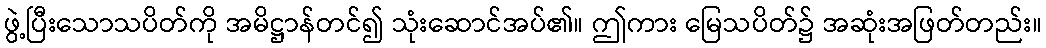
ဖွဲ့ပြီးသောသပိတ်ကို အမိဋ္ဌာန်တင်၍ သုံးဆောင်အပ်၏။ ဤကား မြေသပိတ်၌ အဆုံးအဖြတ်တည်း။